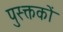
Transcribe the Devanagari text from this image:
पुस्क्तकों